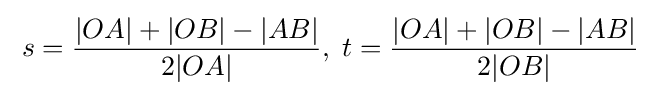
\;s={\frac {|OA|+|OB|-|AB|}{2|OA|}},\;t={\frac {|OA|+|OB|-|AB|}{2|OB|}}\;